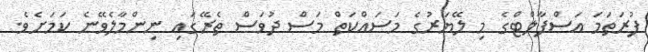
ފުރަތަމަ އަސްފާލްޓްގެ މި ލޭޔަރުގެ މަސައްކަތް މަސް ދުވަސް ތެރޭގައި ނިންމާލެވޭނެ ކަމަށެވެ.